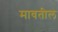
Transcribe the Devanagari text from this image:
मावतील